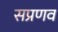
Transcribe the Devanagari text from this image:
सप्रणव